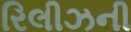
રિલીઝની